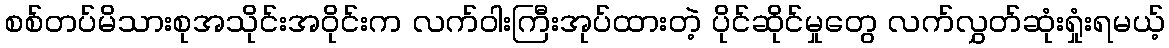
စစ်တပ်မိသားစုအသိုင်းအဝိုင်းက လက်ဝါးကြီးအုပ်ထားတဲ့ ပိုင်ဆိုင်မှုတွေ လက်လွှတ်ဆုံးရှုံးရမယ့်